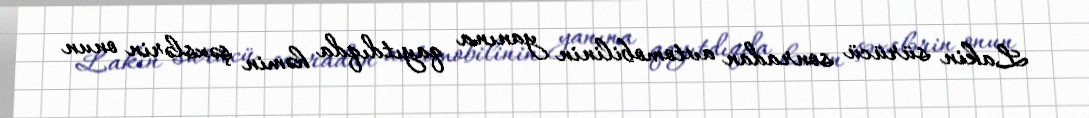
Lakin sürücü sonradan avtomobilinin yanına qayıtdıqda həmin şəxslərin onun